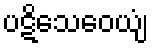
ပဋိသေဝေယျံ